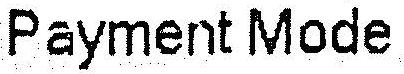
PAYMENT MODE